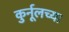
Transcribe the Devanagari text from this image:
कुर्नूलच्या